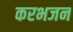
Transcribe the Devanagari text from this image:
करभजन